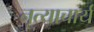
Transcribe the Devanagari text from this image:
नृत्याचार्य